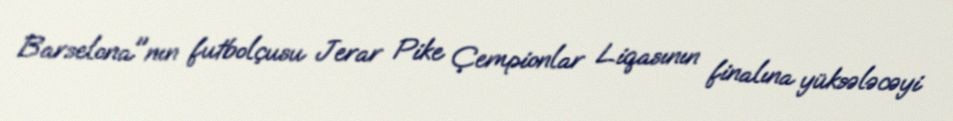
Barselona"nın futbolçusu Jerar Pike Çempionlar Liqasının finalına yüksələcəyi